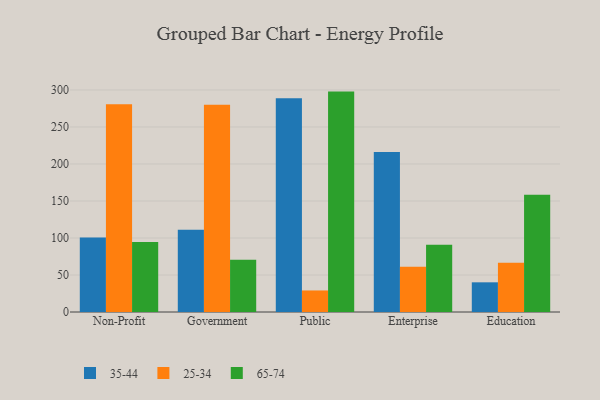
{"axis": {"x": "Segment", "y": "Production Output"}, "legend": ["25-34", "35-44", "65-74"], "data": [{"x": "Non-Profit", "y": 100.5, "type": "35-44"}, {"x": "Non-Profit", "y": 280.7, "type": "25-34"}, {"x": "Non-Profit", "y": 94.5, "type": "65-74"}, {"x": "Government", "y": 111.2, "type": "35-44"}, {"x": "Government", "y": 280.2, "type": "25-34"}, {"x": "Government", "y": 70.7, "type": "65-74"}, {"x": "Public", "y": 288.7, "type": "35-44"}, {"x": "Public", "y": 29.1, "type": "25-34"}, {"x": "Public", "y": 297.8, "type": "65-74"}, {"x": "Enterprise", "y": 216.2, "type": "35-44"}, {"x": "Enterprise", "y": 61.0, "type": "25-34"}, {"x": "Enterprise", "y": 90.9, "type": "65-74"}, {"x": "Education", "y": 40.1, "type": "35-44"}, {"x": "Education", "y": 66.6, "type": "25-34"}, {"x": "Education", "y": 158.3, "type": "65-74"}]}